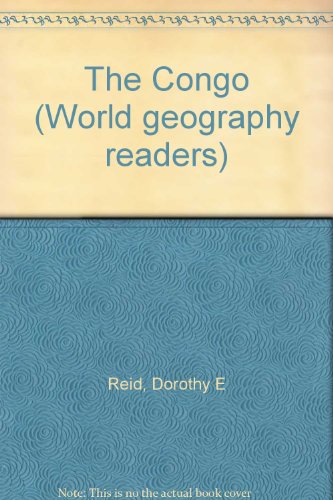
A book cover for The Congo (World geography readers); Dorothy E Reid; Travel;